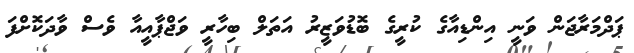
ޕަދްމަރާޖަން ވަނީ އިންޑިއާގެ ކުރީގެ ބޮޑުވަޒީރު އަތަލް ބިހާރީ ވަޖްޕާއީއާ ވެސް ވާދަކޮށްފަ